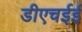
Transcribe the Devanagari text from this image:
डीएचईई